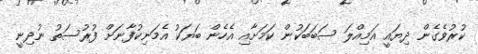
ކުރުވެގެން ދިޔައީ އަމިއްލަ ސަބަބަކުން ކަމަށާއި އެހެން ބަޔަކު އެމަނިކުފާނަށް ފުރުސަތު ނުދިނީ